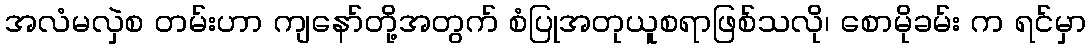
အလံမလှဲစ တမ်းဟာ ကျနော်တို့အတွက် စံပြုအတုယူစရာဖြစ်သလို၊ စောမိုခမ်း က ရင်မှာ